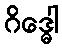
ဂိဒ္ဓေါ